Vaccination in Bombay 1924-1928 - 1924-1928
Year: 1924
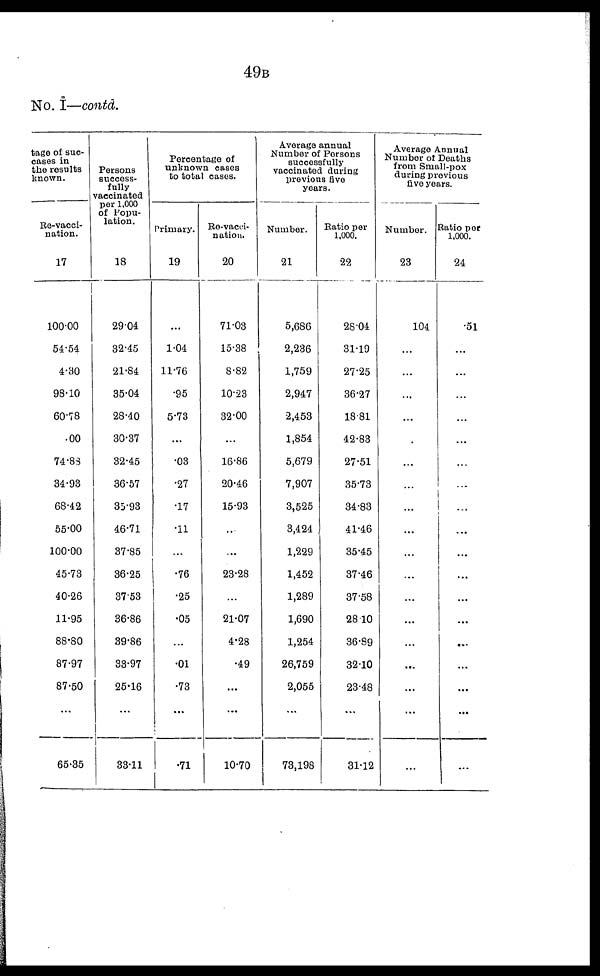
49B
No. I—contd.
tage of suc¬
cases in
the results
known.
Re-vacci-
nation.
17
100.00
54.54
4.30
98.10
60.78
. 00
74.83
34.93
68.42
55.00
100.00
45.73
40.26
11.95
88.80
87.97
87.50
...
65.35
Persons
success-
fully
vaccinated
per 1,000
of Popu-
lation.
18
29.04
32.45
21.84
35.04
28.40
30.37
32.45
36.57
35.93
46.71
37.85
36.25
37.53
36.86
39.86
33.97
25.16
...
33.11
Percentage of
unknown cases
to total cases.
Primary.
19
...
1.04
11.76
.95
5.73
...
.03
.27
.17
.11
...
.76
.25
.05
...
.01
.73
...
.71
Re-vacci-
nation.
20
71.03
15.38
8.82
10.23
32.00
...
16.86
20.46
15.93
...
...
23.28
...
21.07
4.28
.49
...
...
10.70
Average annual
Number of Persons
successfully
vaccinated during
previous five
years.
Number.
21
5,686
2,236
1,759
2,947
2,453
1,854
5,679
7,907
3,525
3,424
1,229
1,452
1,289
1,690
1,254
26,759
2,055
...
73,198
Ratio per
1,000.
22
28.04
31.19
27.25
36.27
18.81
42.83
27.51
35.73
34.83
41.46
35.45
37.46
37.58
28.10
36.89
32.10
23.48
...
31.12
Average Annual
Number of Deaths
from Small-pox
during previous
five years.
Number.
23
104
...
...
...
...
...
...
...
...
...
...
...
...
...
...
...
...
...
...
Ratio per
1,000.
24
.51
...
...
...
...
...
...
...
...
...
...
...
...
...
...
...
...
...
...